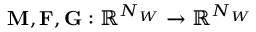
\mathbf { M } , \mathbf { F } , \mathbf { G } : \mathbb { R } ^ { N _ { W } } \rightarrow \mathbb { R } ^ { N _ { W } }